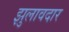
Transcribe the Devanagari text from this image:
झुलावदार